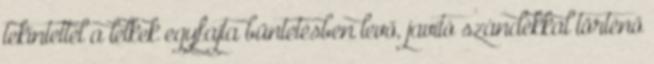
tekintettel a lelkek egyfajta büntetésben levő, javító szándékkal történő